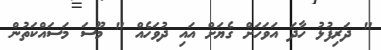
" ދަރިފުޅު ހާދަ އަވަހަށް ގެޔަށް އައި ދުވަހެއް " މޫސަ މަސައްކަތުން